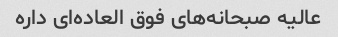
عالیه صبحانه‌های فوق العاده‌ای داره